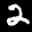
Label: 2